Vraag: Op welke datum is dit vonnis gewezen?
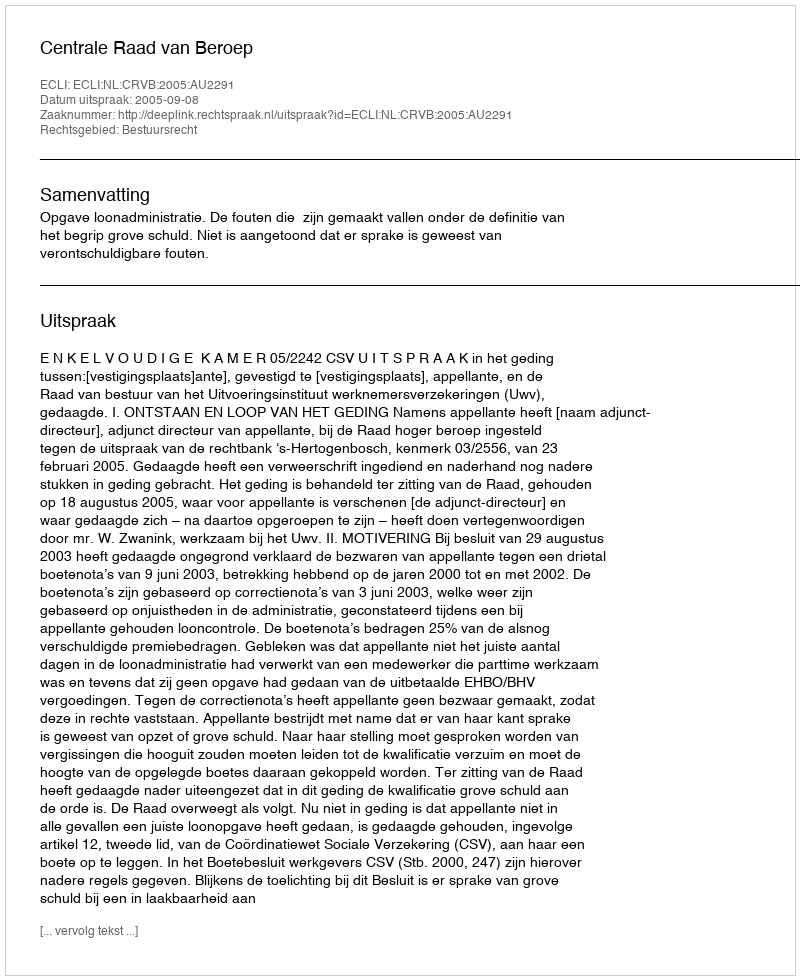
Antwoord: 2005-09-08